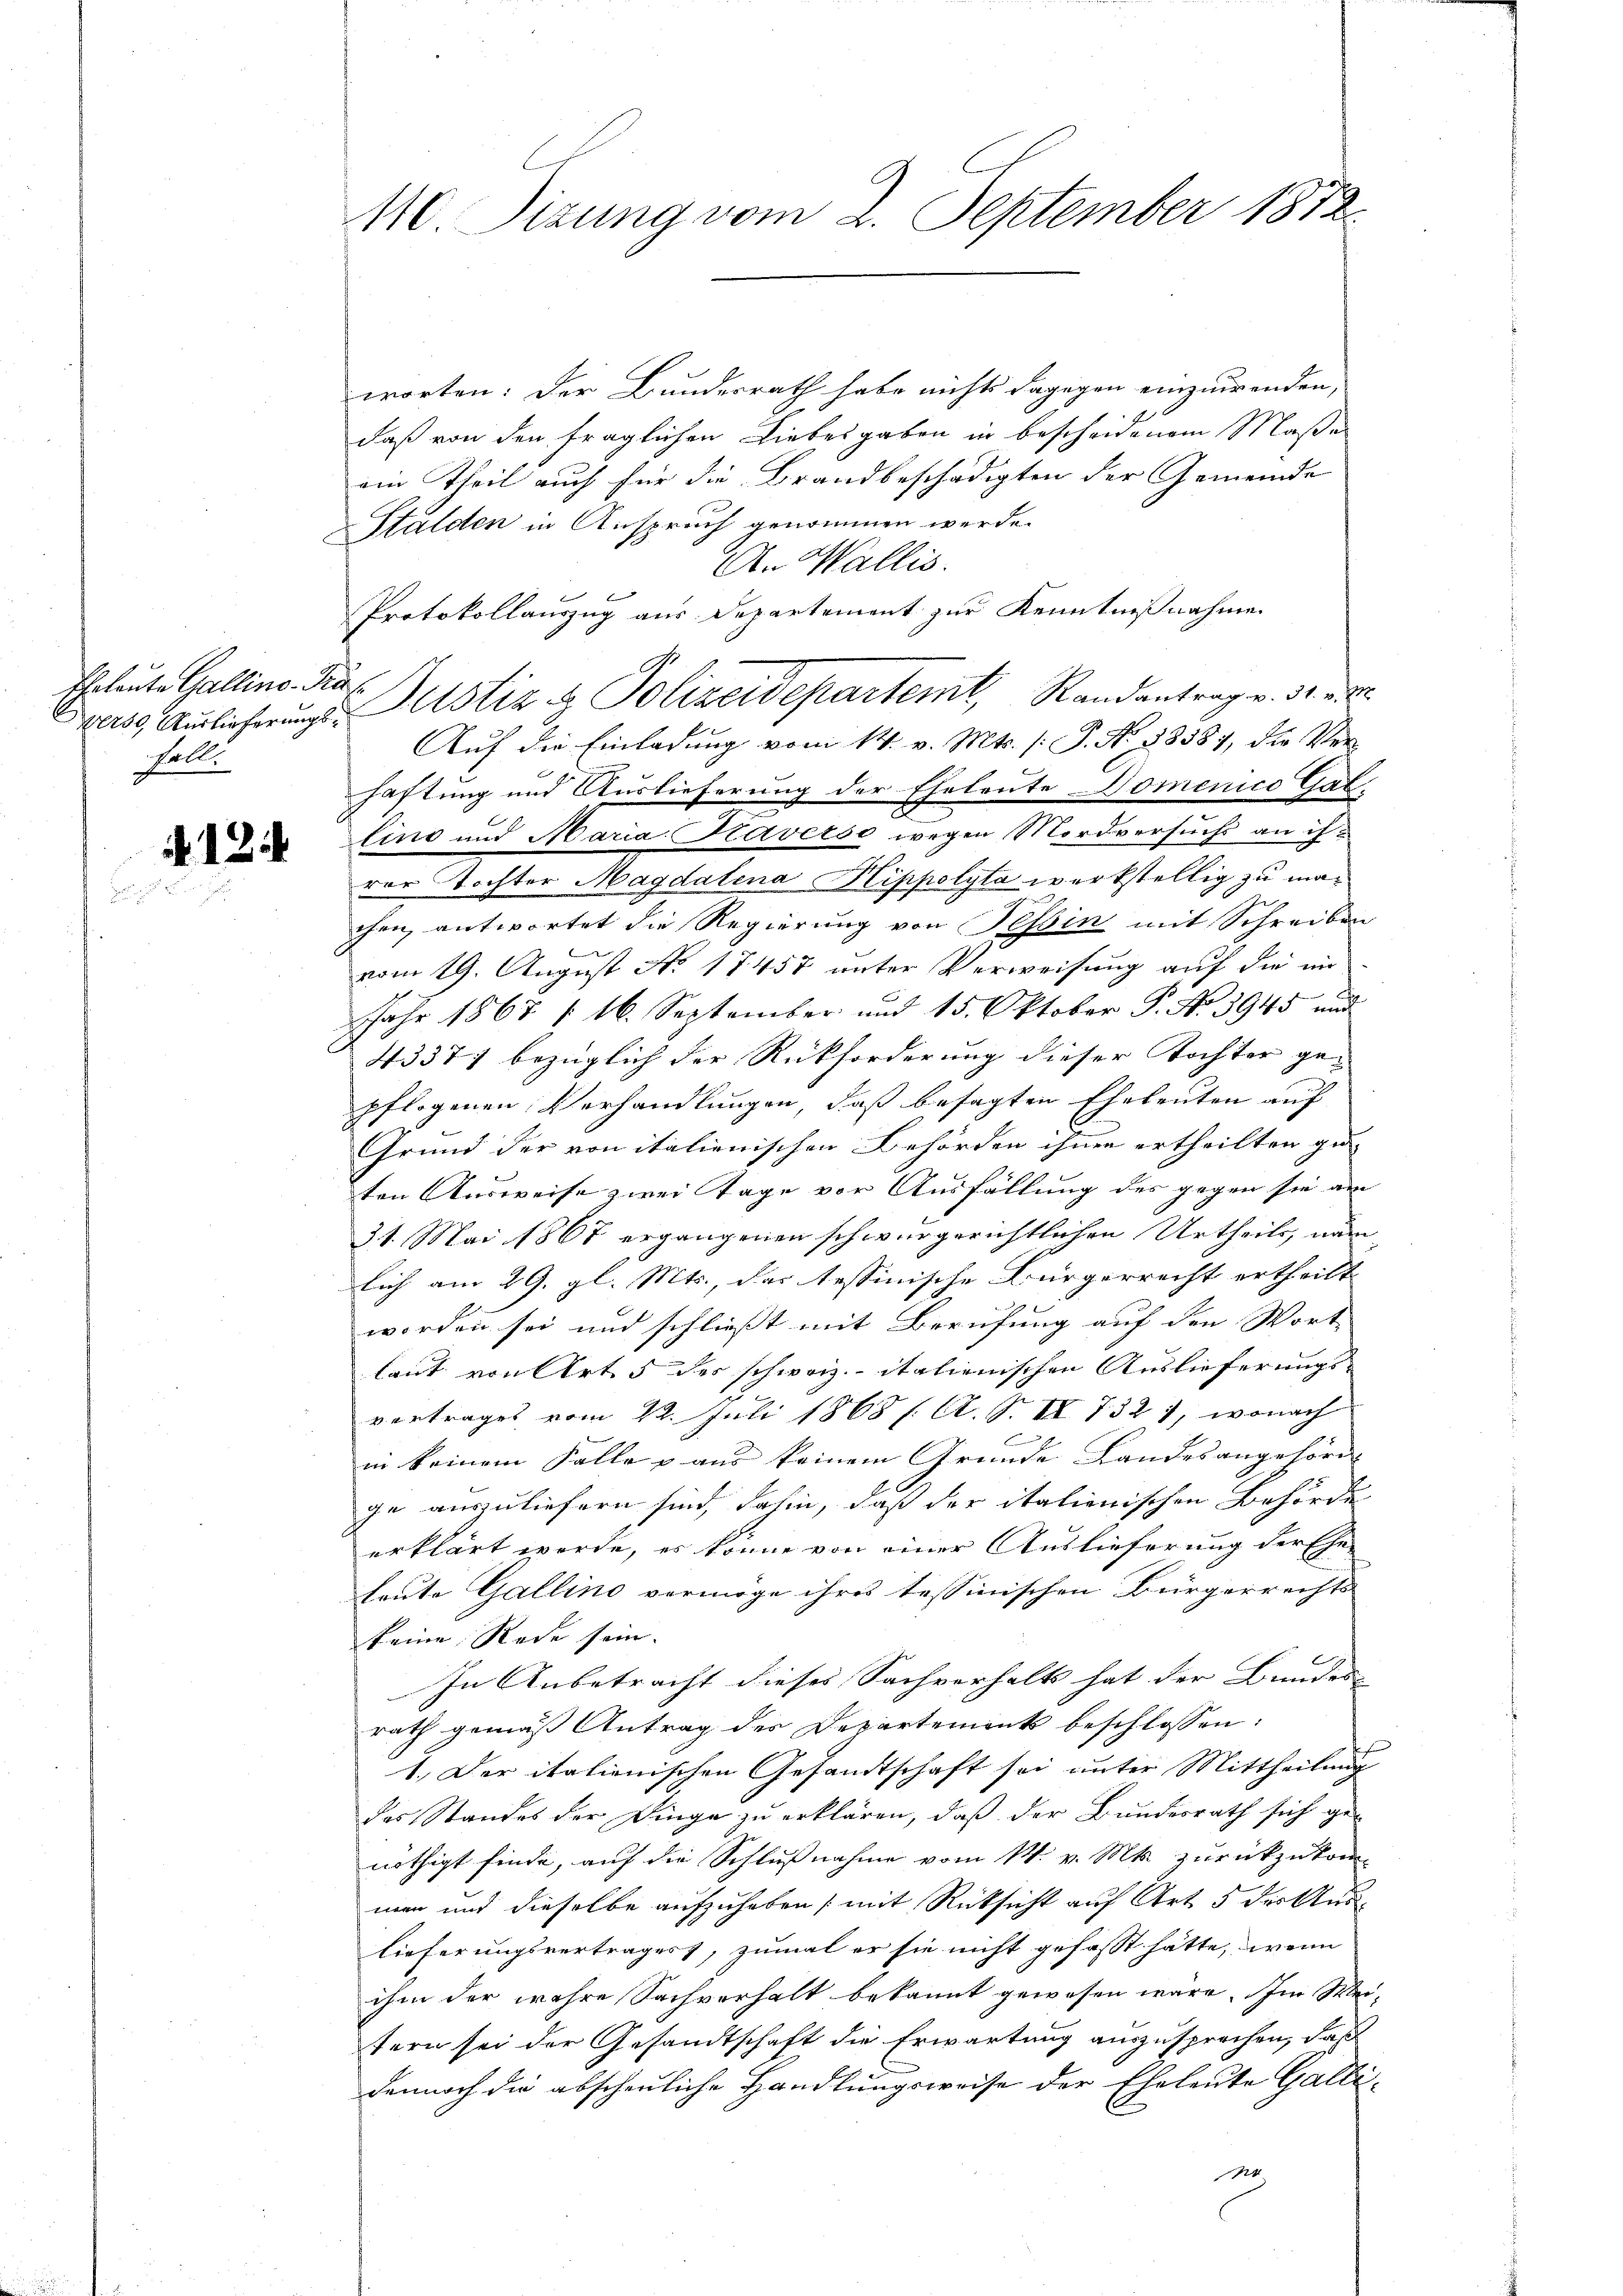
Eheleute Galline. Fr.
verse, Auslieferungssoll.

12

c

140 Sizung vom 2. September 1872.

worten: Der Bundesrath habe nichts dagegen einzuwenden,
daß von den fraglichen Liebesgaben in bescheidenem Maße
ein Theil auch für die Brandbeschädigten der Gemeinde
Stalden in Anspruch genommen werde.
An Wallis.
Protokollauszug aus Departement zur Kenntnißnahme
Auf die Einladung vom 14. v. Mts. (: P. Nr. 38587, die Ver-
haftung und Auslieferung der Eheleute Domenico Gal-
lins und Maria Kaverso wegen Mordversuchs an ih
rer Tochter Magdalena Kippolyta werkstellig zu machen, antwortet die Regierung von Tessin mit Schreiben
vom 19. August No. 17457 unter Verweisung auf die in
JJahr 1867 (16. September und 15. Oktober P. Nr. 3945 und
4337/ bezüglich der Rückforderung dieser Tochter ge-
pflogenen Verhandlungen, daß besagten Eheleuten auf
Grund der von italienischen Behörden ihnen ertheilten ge-
ten Ausweise zwei Tage vor Ausfällung des gegen sie am
31. Mai 1867 ergangenen schwurgerichtlichen Urtheils, nam
lich am 29. gl. Mts., das tessinische Bürgerrecht ertheilt
worden sei und schließt mit Berufung auf den Wort-
laut von Art. 5 des schweiz.- italienischen Auslieferungs-
vertrages vom 22. Juli 1868 f. A. S. IV 732 1, wonach
in keinem Falle & aus keinem Grunde Landesangehöre
ge auszuliefern sind, dahin, daß der italienischen Behörde
erklärt werde, es könne von einer Auslieferung der Ehe-
heute Gallino vermöge ihres tessinischen Bürgerrechts-
keine Rede sein.
In Anbetracht dieses Sachverhalt hat der Bundes- |
rath gemäß Antrag des Departements beschlossen:
1. Der italienischen Gesandtschaft sei unter Mittheilung
des Standes der Dinge zu erklären, daß der Bundesrath sich genöthigt finde, auf die Schlußnahme vom 14. v. Mts. zurückzukomman und dieselbe aufzuheben, mit Rücksicht auf Art. 5 des Auslieferungsvertrages, zumal er sie nicht gefasst hätte, wenn
ihm der wahre Sachverhalt bekannt gewesen wäre. Im Weitern sei der Gesandtschaft die Erwartung auszusprochen, daß
dennoch die abscheuliche Handlungsweise der Eheleute Gallir

Justiz & Polizeidepartemt, Randantrag v. 3. 8.